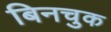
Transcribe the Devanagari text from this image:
बिनचुक